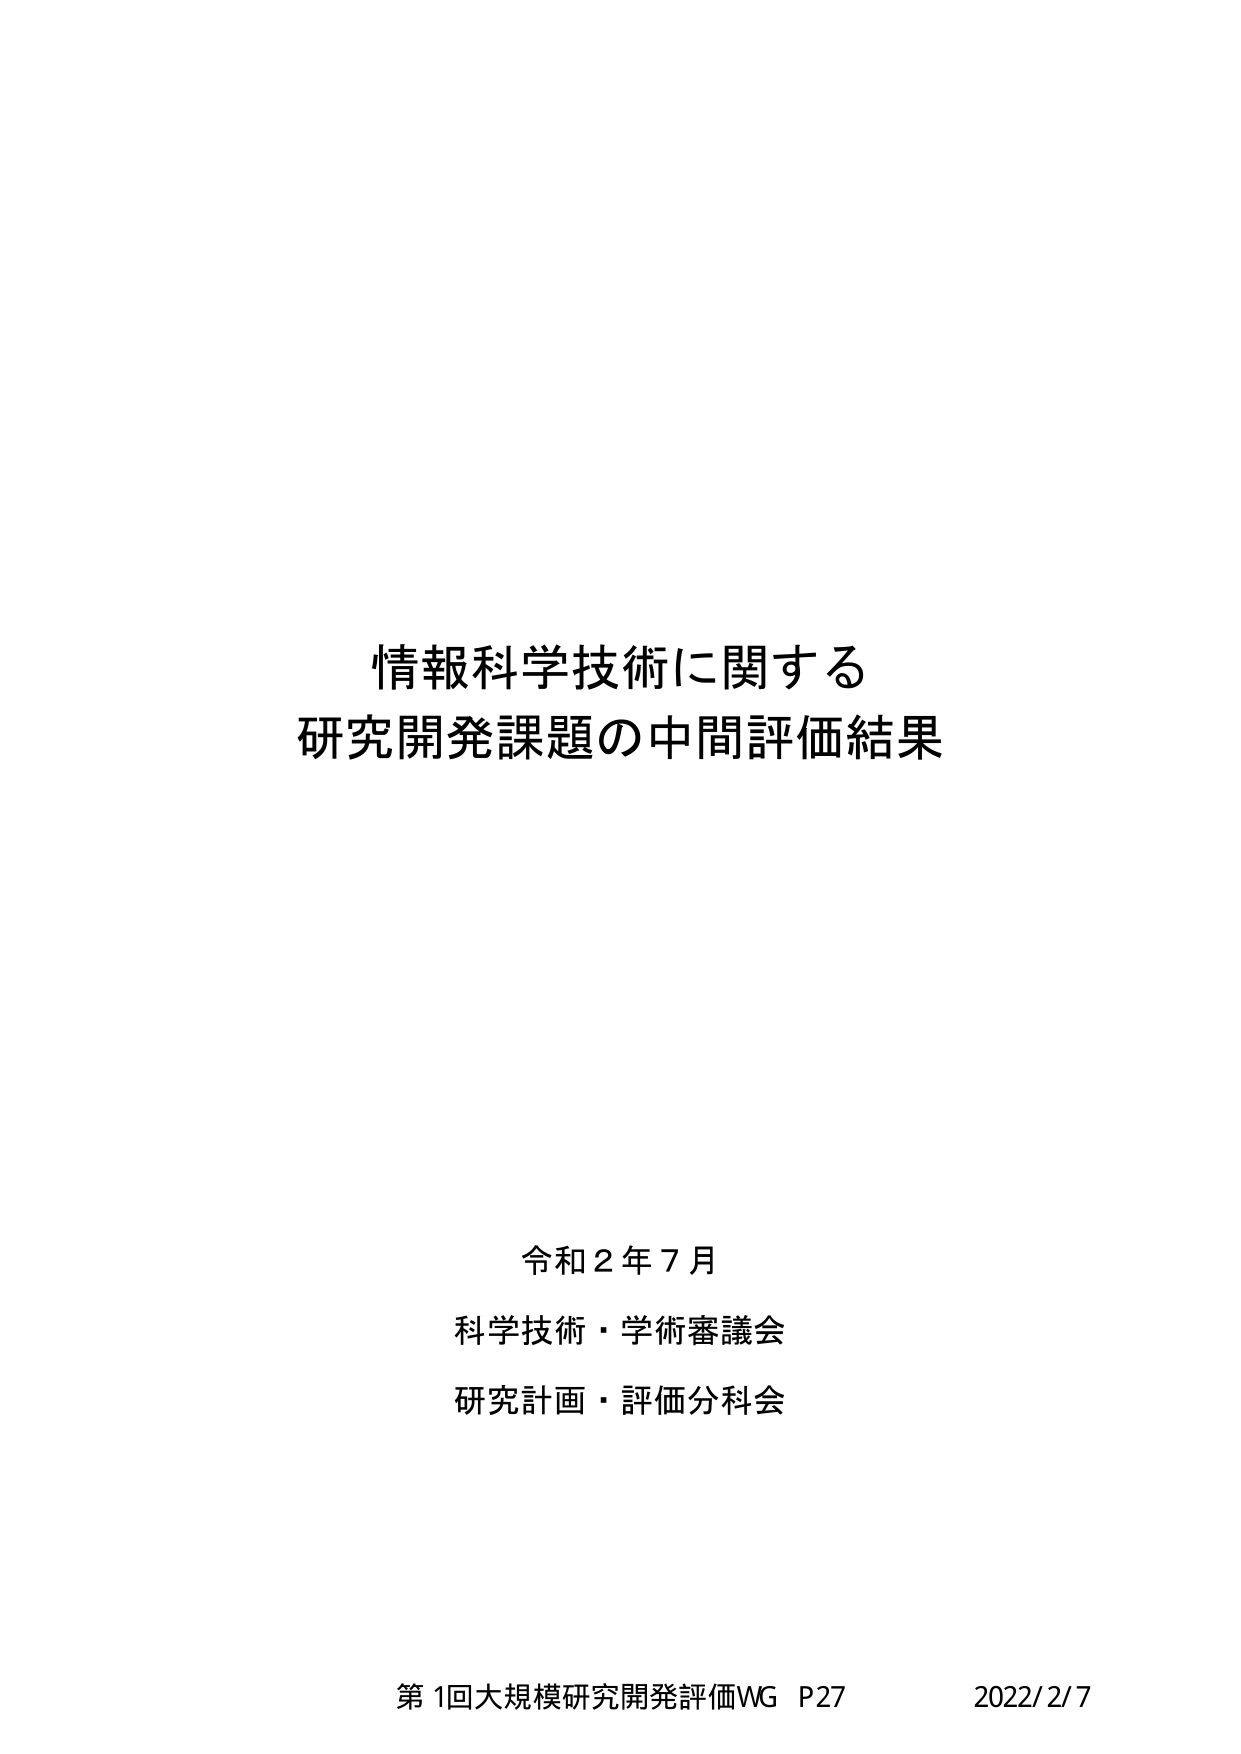
情報科学技術に関する
研究開発課題の中間評価結果

令和２年７月
科学技術・学術審議会
研究計画・評価分科会

第1回大規模研究開発評価WG P27  2022/2/7